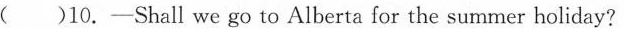
( )10.-Shall we goto Alberta for the summer holiday?